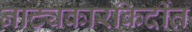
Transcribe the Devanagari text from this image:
नाट्यकारकिर्दीत